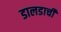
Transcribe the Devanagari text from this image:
डालडाची